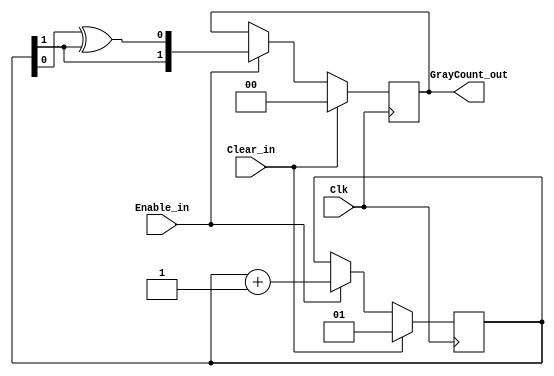
module vgafb_graycounter
   #(parameter   COUNTER_WIDTH = 2)
    (output reg  [COUNTER_WIDTH-1:0]    GrayCount_out,  //'Gray' code count output.
     input wire                         Enable_in,  //Count enable.
     input wire                         Clear_in,   //Count reset.
     input wire                         Clk);
    reg    [COUNTER_WIDTH-1:0]         BinaryCount;
    always @ (posedge Clk)
        if (Clear_in) begin
            BinaryCount   <= {COUNTER_WIDTH{1'b 0}} + 1;  //Gray count begins @ '1' with
            GrayCount_out <= {COUNTER_WIDTH{1'b 0}};      // first 'Enable_in'.
        end
        else if (Enable_in) begin
            BinaryCount   <= BinaryCount + 1;
            GrayCount_out <= {BinaryCount[COUNTER_WIDTH-1],
                              BinaryCount[COUNTER_WIDTH-2:0] ^ BinaryCount[COUNTER_WIDTH-1:1]};
        end
endmodule